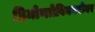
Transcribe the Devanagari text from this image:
हिमोग्लोबिनबरोबर